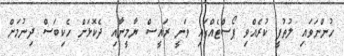
ހުންނަވައި ލުތުފީ ކުރެއްވި ޕޯސްޓެއްގައި ވަނީ ރައީސް ޔާމީނާއި ދެކޮޅަށް ހެކިބަސް ދިނުމަށް